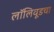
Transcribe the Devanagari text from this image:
लॉलिवूडचा